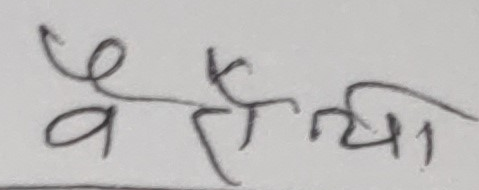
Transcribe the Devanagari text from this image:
वैशाली